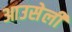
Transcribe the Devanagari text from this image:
आउसेली